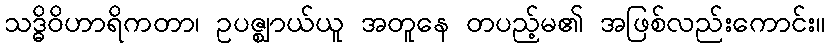
သဒ္ဓိဝိဟာရိကတာ၊ ဥပဇ္ဈာယ်ယူ အတူနေ တပည့်မ၏ အဖြစ်လည်းကောင်း။